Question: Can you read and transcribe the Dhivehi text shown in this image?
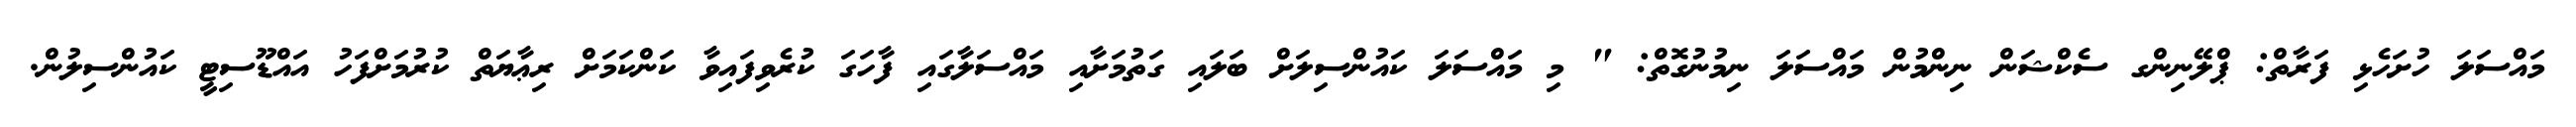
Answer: މައްސަލަ ހުށަހެޅި ފަރާތް: ޕްލޭނިންގ ސެކްޝަން ނިންމުން މައްސަލަ ނިމުނުގޮތް: " މި މައްސަލަ ކައުންސިލަށް ބަލައި ގަތުމަށާއި މައްސަލާގައި ފާހަގަ ކުރެވިފައިވާ ކަންކަމަށް ރިޢާޔަތް ކުރުމަށްފަހު އައްޑޫސިޓީ ކައުންސިލުން.